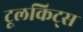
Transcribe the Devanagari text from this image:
टूलकिट्स